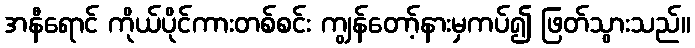
အနီရောင် ကိုယ်ပိုင်ကားတစ်စင်း ကျွန်တော့်နားမှကပ်၍ ဖြတ်သွားသည်။